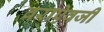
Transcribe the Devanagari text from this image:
वराऐवजी